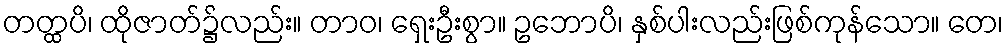
တတ္ထပိ၊ ထိုဇာတ်၌လည်း။ တာဝ၊ ရှေးဦးစွာ။ ဥဘောပိ၊ နှစ်ပါးလည်းဖြစ်ကုန်သော။ တေ၊